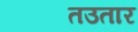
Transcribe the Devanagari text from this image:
तउतार